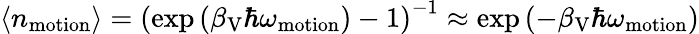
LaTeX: \langle n_{\mathrm{motion}}\rangle=\left(\exp\left(\beta_{\mathrm{V}}\hbar\omega_{\mathrm{motion}}\right)-1\right)^{-1}\approx\exp\left(-\beta_{\mathrm{V}}\hbar\omega_{\mathrm{motion}}\right)